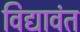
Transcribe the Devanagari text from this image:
विद्यावंत